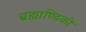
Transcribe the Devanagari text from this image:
ब्रह्माण्डिकी